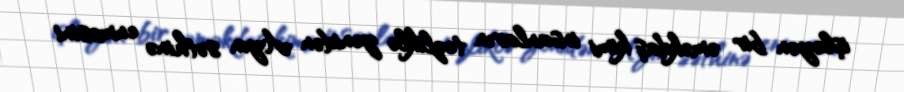
işləyən bir əməkdaş kimi insanların tezliklə yenidən Ayın səthinə enməsini